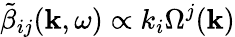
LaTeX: \tilde{\beta}_{ij}(\textbf{k},\omega)\propto k_{i}\Omega^{j}(\textbf{k})